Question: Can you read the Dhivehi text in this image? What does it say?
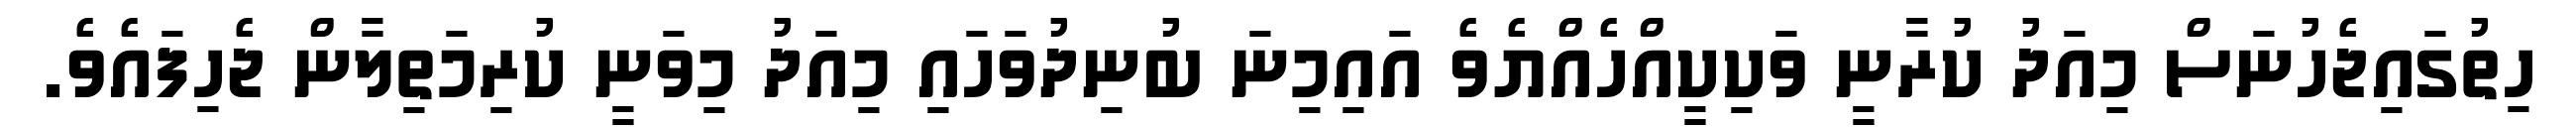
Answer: ހިތުގައިޖެހުނަސް މިއަދު ކުރާނީ ވަކިކީއްހެއްޔެވެ އައިމިނަ ބުނިދުވަހައި މިއަދު މިވަނީ ކުރިމަތިލާން ޖެހިފައެވެ.